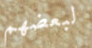
لبعضهم